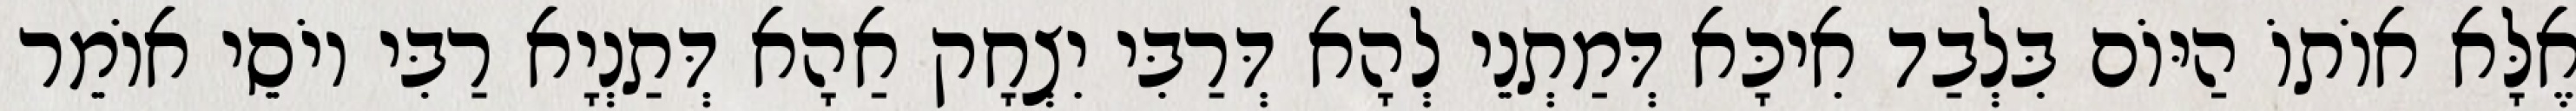
אֶלָּא אוֹתוֹ הַיּוֹם בִּלְבַד אִיכָּא דְּמַתְנֵי לְהָא דְּרַבִּי יִצְחָק אַהָא דְּתַנְיָא רַבִּי יוֹסֵי אוֹמֵר